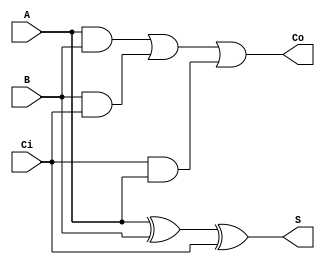
`timescale 1ns / 1ps
//////////////////////////////////////////////////////////////////////////////////
// Company: 
// Engineer: 
// 
// Design Name: 
// Module Name: fa
// Project Name: 
// Target Devices: 
// Tool Versions: 
// Description: 
// 
// Dependencies: 
// 
// Revision:
// Revision 0.01 - File Created
// Additional Comments:
// 
//////////////////////////////////////////////////////////////////////////////////


module fa( 

    input A, B, Ci,
    output S, Co
    
    );
    
     xor xor1(S, A, B, Ci);
     
     assign Co = (A & B) | (B & Ci) | (Ci & A);
    
endmodule